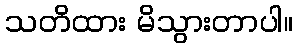
သတိထား မိသွားတာပါ။